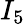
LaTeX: I_{5}